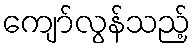
ကျော်လွန်သည့်